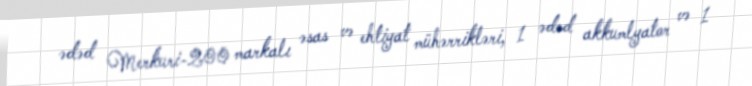
ədəd Merkuri-200 markalı əsas və ehtiyat mühərrikləri, 1 ədəd akkumlyator və 1